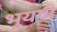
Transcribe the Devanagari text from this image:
भूयषी